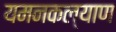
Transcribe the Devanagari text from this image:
यमनकल्याण